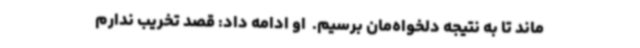
ماند تا به نتیجه‌ دلخواه‌مان برسیم. ‌ او ادامه داد: قصد تخریب ندارم